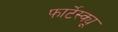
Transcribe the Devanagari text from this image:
फार्टेस्क्यू